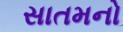
સાતમનો